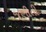
જણીતી